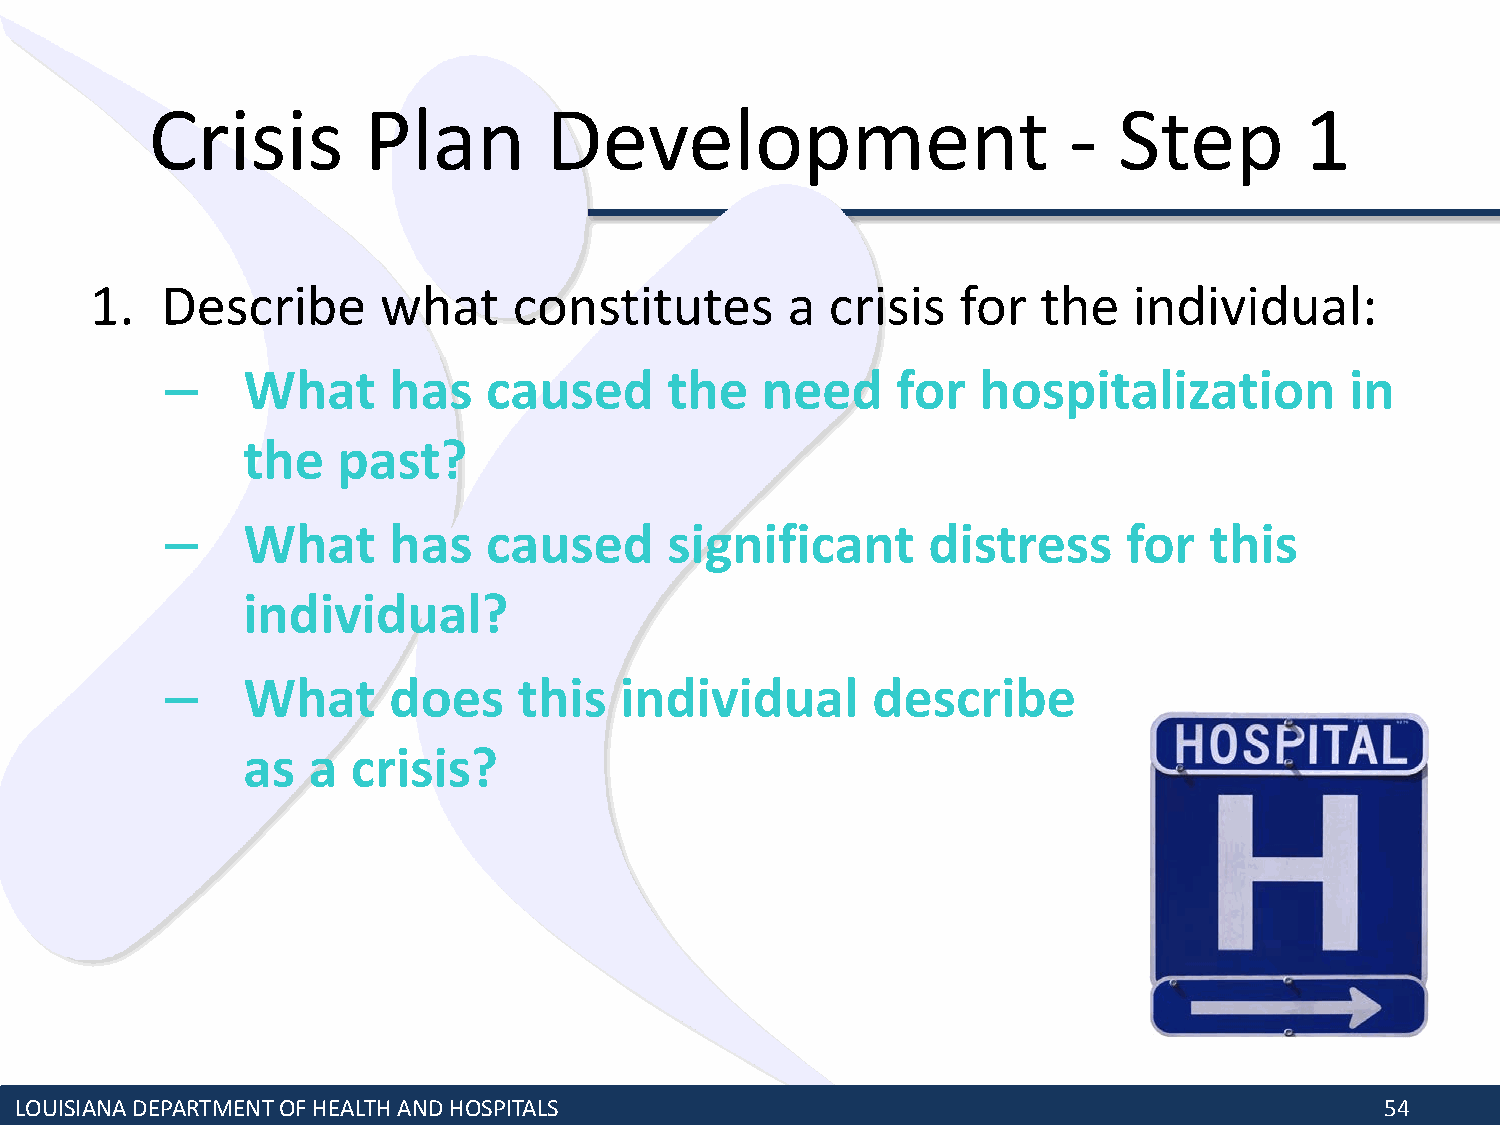
Crisis        Plan        Development                        -  Step        1
 1.   Describe      what     constitutes       a  crisis   for  the   individual:
 –    What      has   caused      the   need     for   hospitalization         in
 the   past?
 –    What      has   caused      significant      distress      for  this
 individual?
 –    What      does    this   individual       describe
 as  a  crisis?
 LOUISIANA DEPARTMENT OF HEALTH AND HOSPITALS                                               54